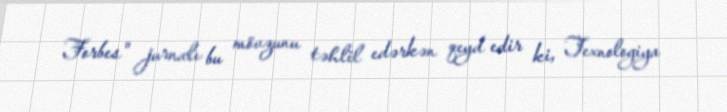
Forbes" jurnalı bu mövzunu təhlil edərkən qeyd edir ki, Texnologiya